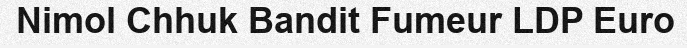
Nimol Chhuk Bandit Fumeur LDP Euro